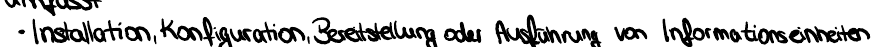
- Installation, Konfiguration, Bereitstellung oder Ausführung von Informationseinheiten